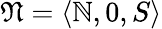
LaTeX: {\mathfrak{N}}=\langle\mathbb{N},0,S\rangle